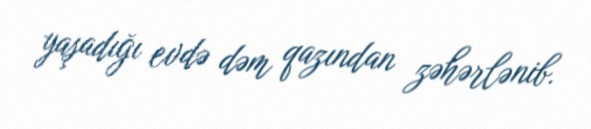
yaşadığı evdə dəm qazından zəhərlənib.